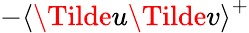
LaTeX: -\textlangle\Tilde{u}\Tilde{v}\textrangle^{+}